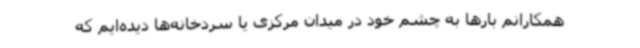
همکارانم بارها به چشم خود در میدان مرکزی یا سردخانه‌ها دیده‌ایم که